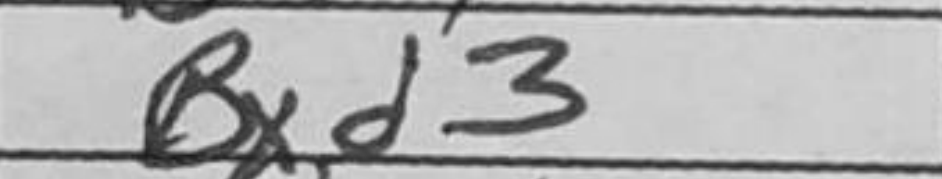
Transcription: Bxd3